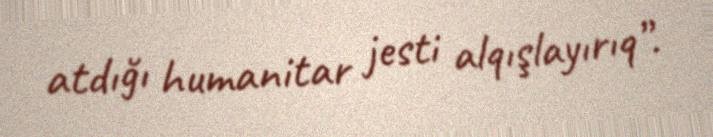
atdığı humanitar jesti alqışlayırıq”.